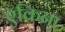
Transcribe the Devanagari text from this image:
ऍकिना